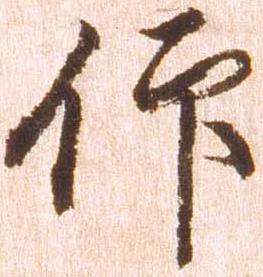
仰